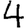
Digit: 4